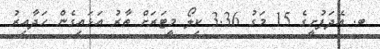
ބ. އޭދަފުށީގެ 15 މަގު 3.36 ކިލޯ މީޓަރަށް ތާރު އަޅައިގެން ހަދާއިރު